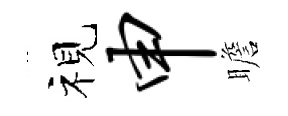
视申瞻